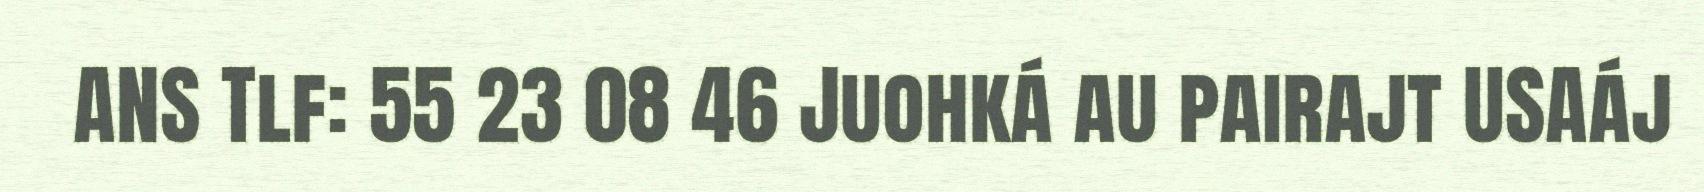
ANS Tlf: 55 23 08 46 Juohká au pairajt USAáj